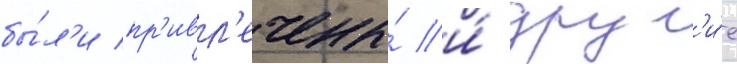
бы́л'и пр'ивл'ечены́ и́ друг'и́е